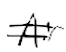
Text: Air
Cross-out: double-line
Writing tool: digital_black